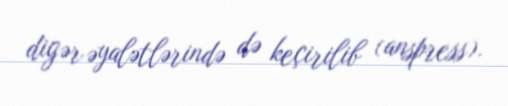
digər əyalətlərində də keçirilib (anspress).